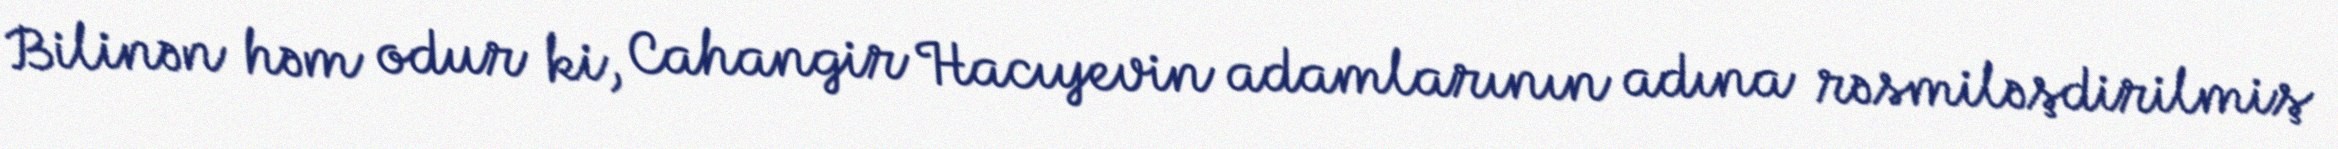
Bilinən həm odur ki, Cahangir Hacıyevin adamlarının adına rəsmiləşdirilmiş